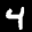
Label: 4